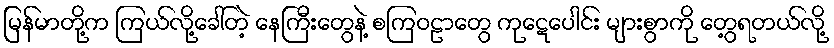
မြန်မာတို့က ကြယ်လို့ခေါ်တဲ့ နေကြီးတွေနဲ့ စကြဝဠာတွေ ကုဋေပေါင်း များစွာကို တွေ့ရတယ်လို့